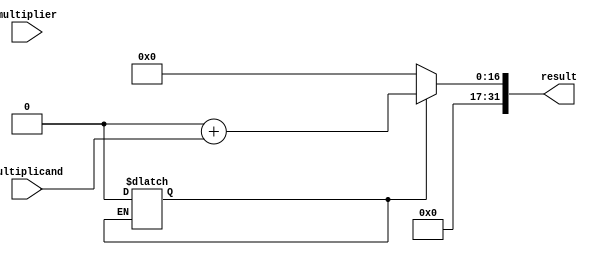
module booth_multiplier (
    input [15:0] multiplicand,
    input [15:0] multiplier,
    output reg [31:0] result
);

reg [31:0] partial_product;
reg [4:0] count;
reg control;
reg [1:0] booth_state;

always @ (multiplicand, multiplier)
begin
    booth_state = 2'b00;
    partial_product = 32'd0;
    count = 0;
    
    for (count = 0; count < 16; count = count + 1)
    begin
        if (booth_state == 2'b00)
        begin
            if (multiplier[0] == 1 && control == 0)
            begin
                partial_product = partial_product - multiplicand;
                control = 1;
            end
            else if (multiplier[0] == 0 && control == 1)
            begin
                partial_product = partial_product + multiplicand;
                control = 0;
            end
        end
        else if (booth_state == 2'b01)
        begin
            partial_product = partial_product >> 1;
        end
        else if (booth_state == 2'b10)
        begin
            partial_product = partial_product << 1;
        end
        
        multiplier = multiplier >> 1;
        booth_state = {booth_state[0], multiplier[0]};
    end
    
    result = partial_product;
end

endmodule